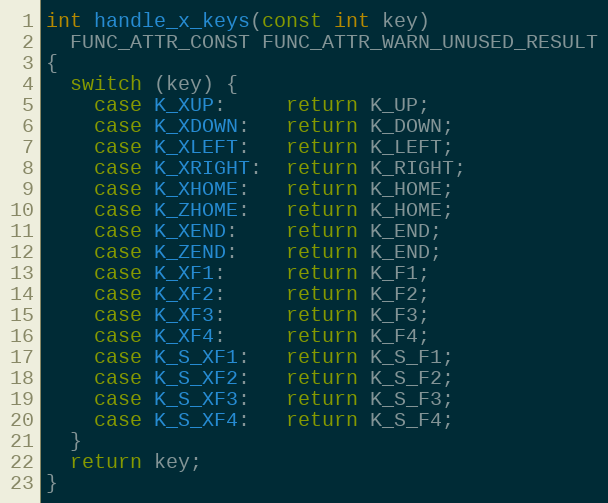
Language: C
int handle_x_keys(const int key)
  FUNC_ATTR_CONST FUNC_ATTR_WARN_UNUSED_RESULT
{
  switch (key) {
    case K_XUP:     return K_UP;
    case K_XDOWN:   return K_DOWN;
    case K_XLEFT:   return K_LEFT;
    case K_XRIGHT:  return K_RIGHT;
    case K_XHOME:   return K_HOME;
    case K_ZHOME:   return K_HOME;
    case K_XEND:    return K_END;
    case K_ZEND:    return K_END;
    case K_XF1:     return K_F1;
    case K_XF2:     return K_F2;
    case K_XF3:     return K_F3;
    case K_XF4:     return K_F4;
    case K_S_XF1:   return K_S_F1;
    case K_S_XF2:   return K_S_F2;
    case K_S_XF3:   return K_S_F3;
    case K_S_XF4:   return K_S_F4;
  }
  return key;
}